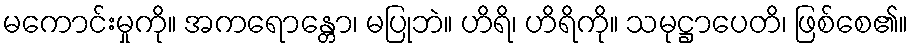
မကောင်းမှုကို။ အကရောန္တော၊ မပြုဘဲ။ ဟိရိ၊ ဟိရိကို။ သမုဋ္ဌာပေတိ၊ ဖြစ်စေ၏။